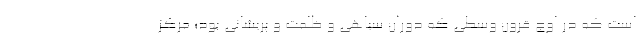
است که در اوج قرون وسطی که دوران سیاهی و ظلمت و پریشانی بود؛ مرکز